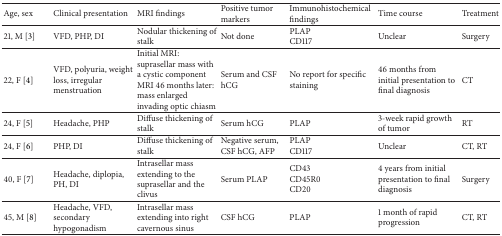
<table><thead><tr><td><b>Age, sex</b></td><td><b>Clinical presentation</b></td><td><b>MRI findings</b></td><td><b>Positive tumor markers</b></td><td><b>Immunohistochemical findings</b></td><td><b>Time course</b></td><td><b>Treatment</b></td></tr></thead><tbody><tr><td>21, M [3]</td><td>VFD, PHP, DI</td><td>Nodular thickening of stalk</td><td>Not done</td><td>PLAPCD117</td><td>Unclear</td><td>Surgery</td></tr><tr><td>22, F [4]</td><td>VFD, polyuria, weight loss, irregular menstruation</td><td>Initial MRI: suprasellar mass with a cystic componentMRI 46 months later:mass enlarged invading optic chiasm</td><td>Serum and CSF hCG</td><td>No report for specific staining</td><td>46 months from initial presentation to final diagnosis</td><td>CT</td></tr><tr><td>24, F [5]</td><td>Headache, PHP</td><td>Diffuse thickening of stalk</td><td>Serum hCG</td><td>PLAP</td><td>3-week rapid growth of tumor</td><td>RT</td></tr><tr><td>24, F [6]</td><td>PHP, DI</td><td>Diffuse thickening of stalk</td><td>Negative serum, CSF hCG, AFP</td><td>PLAPCD117</td><td>Unclear</td><td>CT, RT</td></tr><tr><td>40, F [7]</td><td>Headache, diplopia, PH, DI</td><td>Intrasellar mass extending to the suprasellar and the clivus</td><td>Serum PLAP</td><td>CD43CD45R0CD20</td><td>4 years from initial presentation to final diagnosis</td><td>Surgery</td></tr><tr><td>45, M [8]</td><td>Headache, VFD, secondary hypogonadism</td><td>Intrasellar mass extending into right cavernous sinus</td><td>CSF hCG</td><td>PLAP</td><td>1 month of rapid progression</td><td>CT, RT</td></tr></tbody></table>